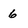
Character: 6